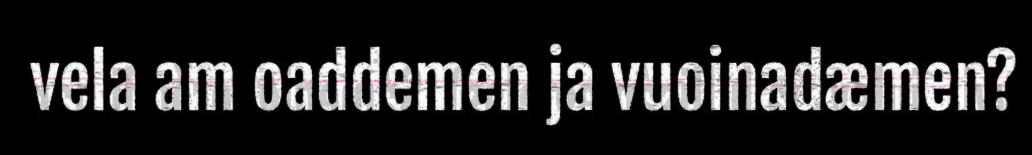
vela am oaddemen ja vuoinadæmen?